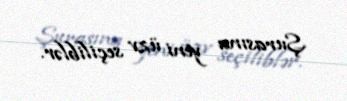
Şurasına yeni üzv seçiliblər.